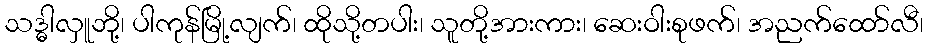
သဒ္ဓါလှူဘို့၊ ပါကုန်မြို့လျက်၊ ထိုသို့တပါး၊ သူတို့အားကား၊ ဆေးဝါးစုဖက်၊ အညက်ထော်လီ၊